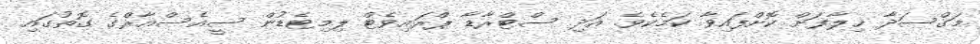
މަގްސަދާ ޚިލާފަށް ކޮށްފައިވާ ކަމެކެވެ. އަދި ސްޓްރާޑާ ޕްރައިވެޓް ލިމިޓެޑުން ސީއެސްއާރްގެ ގޮތުގައި